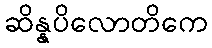
ဆိန္နပိလောတိကေ